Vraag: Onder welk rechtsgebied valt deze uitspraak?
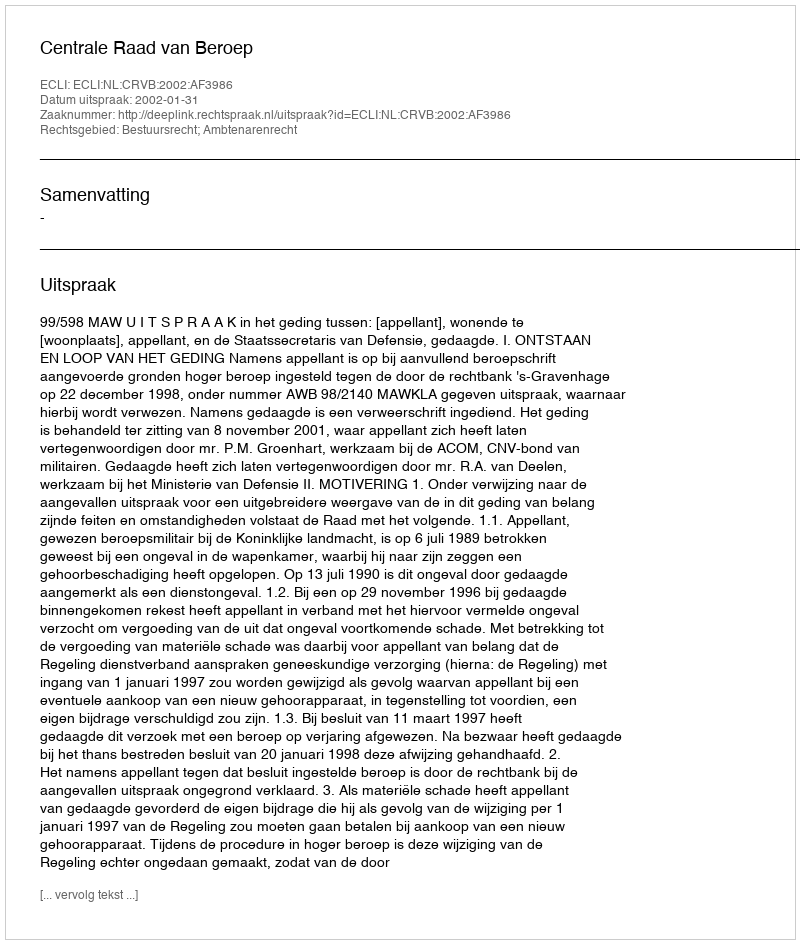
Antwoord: Bestuursrecht; Ambtenarenrecht